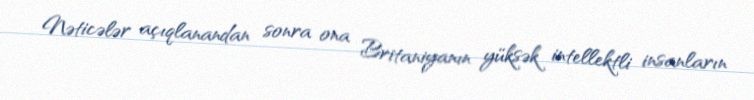
Nəticələr açıqlanandan sonra ona Britaniyanın yüksək intellektli insanların